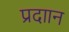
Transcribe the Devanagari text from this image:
प्रदाान